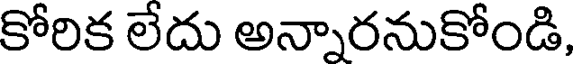
కోరిక లేదు అన్నారనుకోండి,